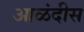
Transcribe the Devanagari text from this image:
आळंदीस